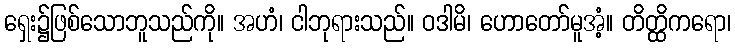
ရှေး၌ဖြစ်သောဘူသည်ကို။ အဟံ၊ ငါဘုရားသည်။ ဝဒါမိ၊ ဟောတော်မူအံ့။ တိတ္ထိကရော၊